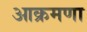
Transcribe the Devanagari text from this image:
आक्रमणा